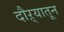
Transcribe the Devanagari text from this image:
दौऱ्यातून